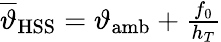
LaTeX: \begin{array}{r}{\overline{{\vartheta}}_{\mathrm{HSS}}=\vartheta_{\mathrm{amb}}+\frac{f_{0}}{h_{T}}}\end{array}